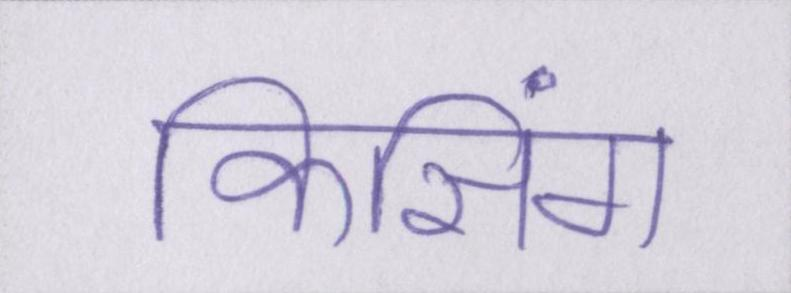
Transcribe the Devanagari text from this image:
किसिंग